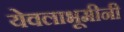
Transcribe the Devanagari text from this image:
येवलाभूमीनी